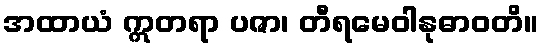
အထာယံ ဣတရာ ပဇာ၊ တီရမေဝါနုဓာဝတိ။